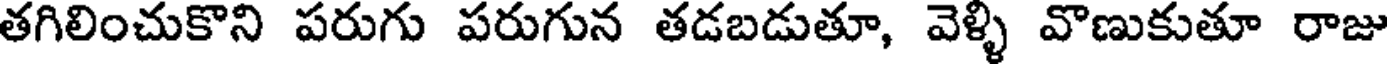
తగిలించుకొని పరుగు పరుగున తడబడుతూ, వెళ్ళి వొణుకుతూ రాజు